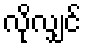
လိုလျှင်